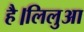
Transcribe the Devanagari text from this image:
है।लिलुआ